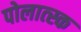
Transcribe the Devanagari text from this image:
पोलात्स्क